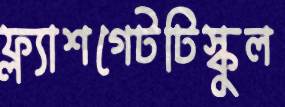
ফ্ল্যাশগেটটিস্কুল